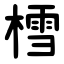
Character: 樰